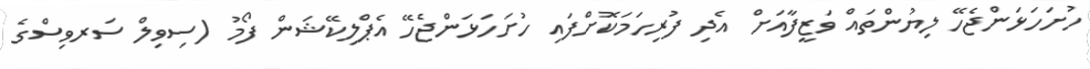
ހުށަހަޅަންޖެހޭ ލިޔުންތައް ވަޒީފާއަށް އެދި ފުރިހަމަކޮށްފައި ހުށަހަޅަންޖެހޭ އެޕްލިކޭޝަން ފޯމު (ސިވިލް ސަރވިސްގެ